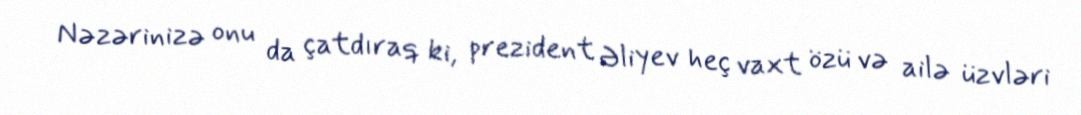
Nəzərinizə onu da çatdıraq ki, prezident Əliyev heç vaxt özü və ailə üzvləri